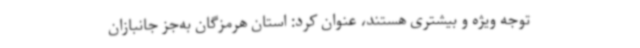
توجه ویژه و بیشتری هستند، عنوان کرد: استان هرمزگان به‌جز جانبازان